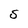
Character: S